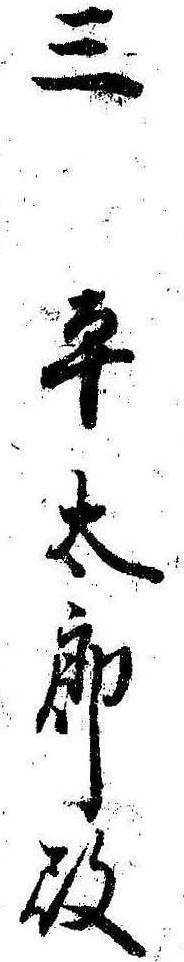
三平太郎殿